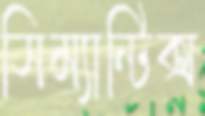
সিম্যান্টিক্স